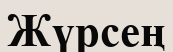
Жүрсең